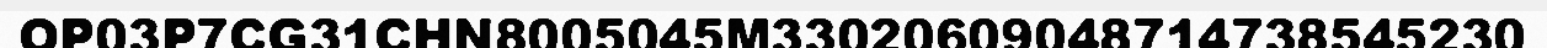
OP03P7CG31CHN8005045M33020609048714738545230